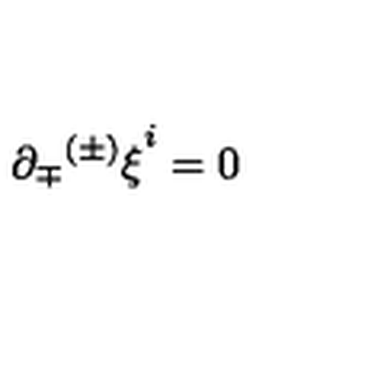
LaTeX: \partial _ { \mp } { ^ { ( \pm ) } \xi } ^ { i } = 0